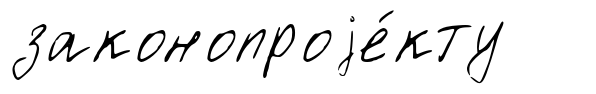
законопроjе́кту